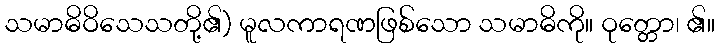
သမာဓိဝိသေသတို့၏) မူလကာရဏဖြစ်သော သမာဓိကို။ ဝုတ္တော၊ ၏။